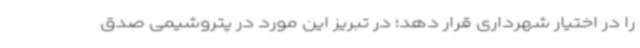
را در اختیار شهرداری قرار دهد؛ در تبریز این مورد در پتروشیمی صدق